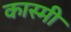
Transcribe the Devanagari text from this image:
कास्‍मी